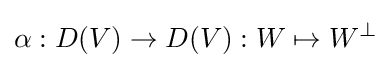
\alpha :D(V)\rightarrow D(V):W\mapsto W^{\perp }